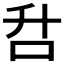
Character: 𰇌